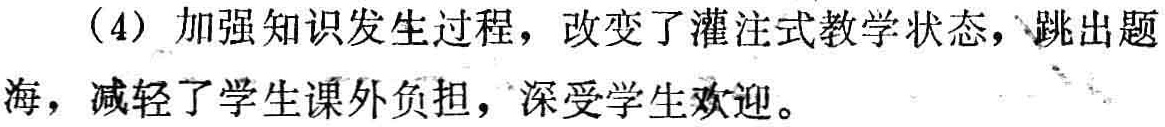
（4）加强知识发生过程，改变了灌注式教学状态，跳出题海，减轻了学生课外负担，深受学生欢迎。